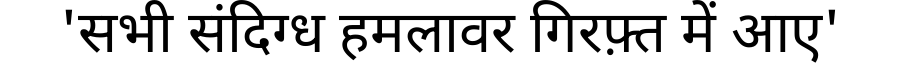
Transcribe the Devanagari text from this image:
'सभी संदिग्ध हमलावर गिरफ़्त में आए'